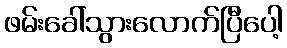
ဖမ်းခေါ်သွားလောက်ပြီပေါ့